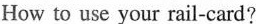
How to use your rail-card?